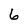
Character: 6